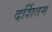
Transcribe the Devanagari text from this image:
दर्शितम